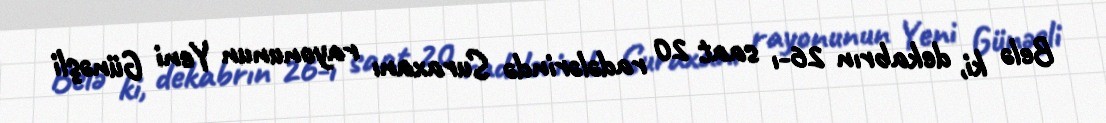
Belə ki, dekabrın 26-ı saat 20 radələrində Suraxanı rayonunun Yeni Günəşli